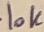
Text: 10K